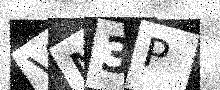
Text: VN3P